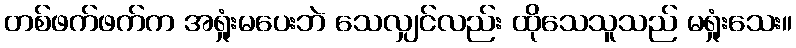
တစ်ဖက်ဖက်က အရှုံးမပေးဘဲ သေလျှင်လည်း ထိုသေသူသည် မရှုံးသေး။